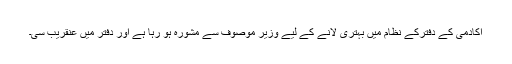
اکادمی کے دفترکے نظام میں بہتری لانے کے لیے وزیر موصوف سے مشورہ ہو رہا ہے اور دفتر میں عنقریب سی۔